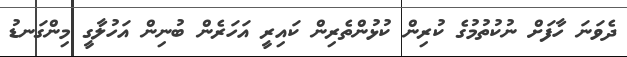
ދެވަނަ ހާފަށް ނުކުތުމުގެ ކުރިން ކުޅުންތެރިން ކައިރީ އަހަރެން ބުނިން އަހުލާގީ މިންގަނޑު